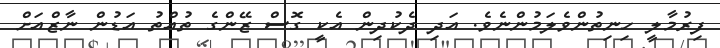
ފިރުމާލީ ހިނިތުންވެލަމުންނެވެ. އަދި ދެކުދިން އެކީ ގޮސް ޒޭންގެ ތުއްތު އަޑުން ނާޒްއަށް